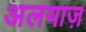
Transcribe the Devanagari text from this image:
अलयाज़